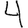
Digit: 4